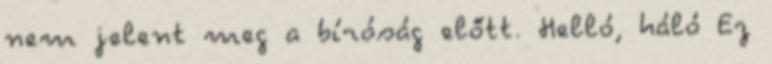
nem jelent meg a bíróság előtt. Helló, háló Ez